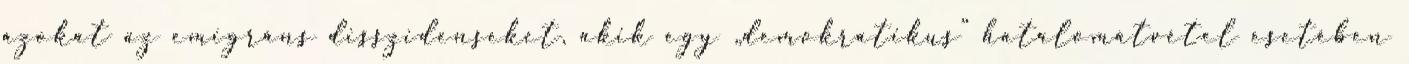
azokat az emigráns disszidenseket, akik egy „demokratikus” hatalomátvétel esetében